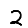
Digit: 2